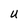
Character: U